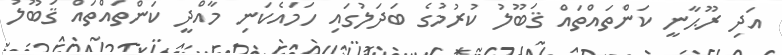
އަދި ރޫޙާނީ ކަންތައްތައް ޤަބޫލު ކުރުމުގެ ބަދަލުގައި ހަމައެކަނި މާއްދީ ކަންތައްތައް ޤަބޫލު